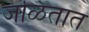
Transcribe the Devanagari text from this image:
जळितात